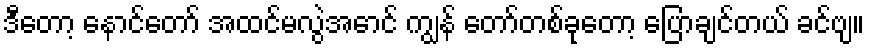
ဒီတော့ နောင်တော် အထင်မလွဲအောင် ကျွန် တော်တစ်ခုတော့ ပြောချင်တယ် ခင်ဗျ။